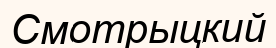
Смотрыцкий